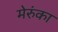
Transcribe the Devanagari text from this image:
मेरुंका